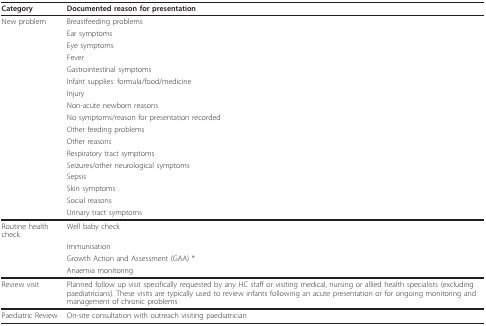
<table><thead><tr><td><b>Category</b></td><td><b>Documented reason for presentation</b></td></tr></thead><tbody><tr><td>New problem</td><td>Breastfeeding problems</td></tr><tr><td></td><td>Ear symptoms</td></tr><tr><td></td><td>Eye symptoms</td></tr><tr><td></td><td>Fever</td></tr><tr><td></td><td>Gastrointestinal symptoms</td></tr><tr><td></td><td>Infant supplies: formula/food/medicine</td></tr><tr><td></td><td>Injury</td></tr><tr><td></td><td>Non-acute newborn reasons</td></tr><tr><td></td><td>No symptoms/reason for presentation recorded</td></tr><tr><td></td><td>Other feeding problems</td></tr><tr><td></td><td>Other reasons</td></tr><tr><td></td><td>Respiratory tract symptoms</td></tr><tr><td></td><td>Seizures/other neurological symptoms</td></tr><tr><td></td><td>Sepsis</td></tr><tr><td></td><td>Skin symptoms</td></tr><tr><td></td><td>Social reasons</td></tr><tr><td></td><td>Urinary tract symptoms</td></tr><tr><td>Routine health check</td><td>Well baby check</td></tr><tr><td></td><td>Immunisation</td></tr><tr><td></td><td>Growth Action and Assessment (GAA) *</td></tr><tr><td></td><td>Anaemia monitoring</td></tr><tr><td>Review visit</td><td>Planned follow up visit specifically requested by any HC staff or visiting medical, nursing or allied health specialists (excluding paediatricians). These visits are typically used to review infants following an acute presentation or for ongoing monitoring and management of chronic problems</td></tr><tr><td>Paediatric Review</td><td>On-site consultation with outreach visiting paediatrician</td></tr></tbody></table>